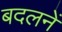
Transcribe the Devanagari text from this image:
बदलनें